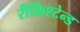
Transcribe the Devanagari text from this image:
रीक्रिश्टेन्ड